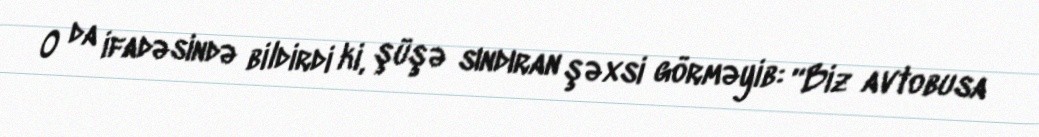
O da ifadəsində bildirdi ki, şüşə sındıran şəxsi görməyib: “Biz avtobusa